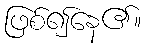
ဖြစ်၍နေ၏။